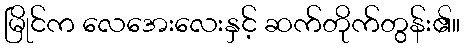
မြိုင်က လေအေးလေးနှင့် ဆက်တိုက်တွန်း၏။